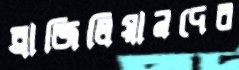
ব্রাজিলিয়ানদের